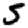
Digit: 5